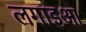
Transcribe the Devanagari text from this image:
लगाइआ